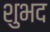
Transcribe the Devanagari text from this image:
शुभद